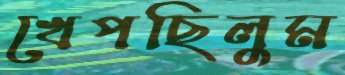
খেপছিলুম